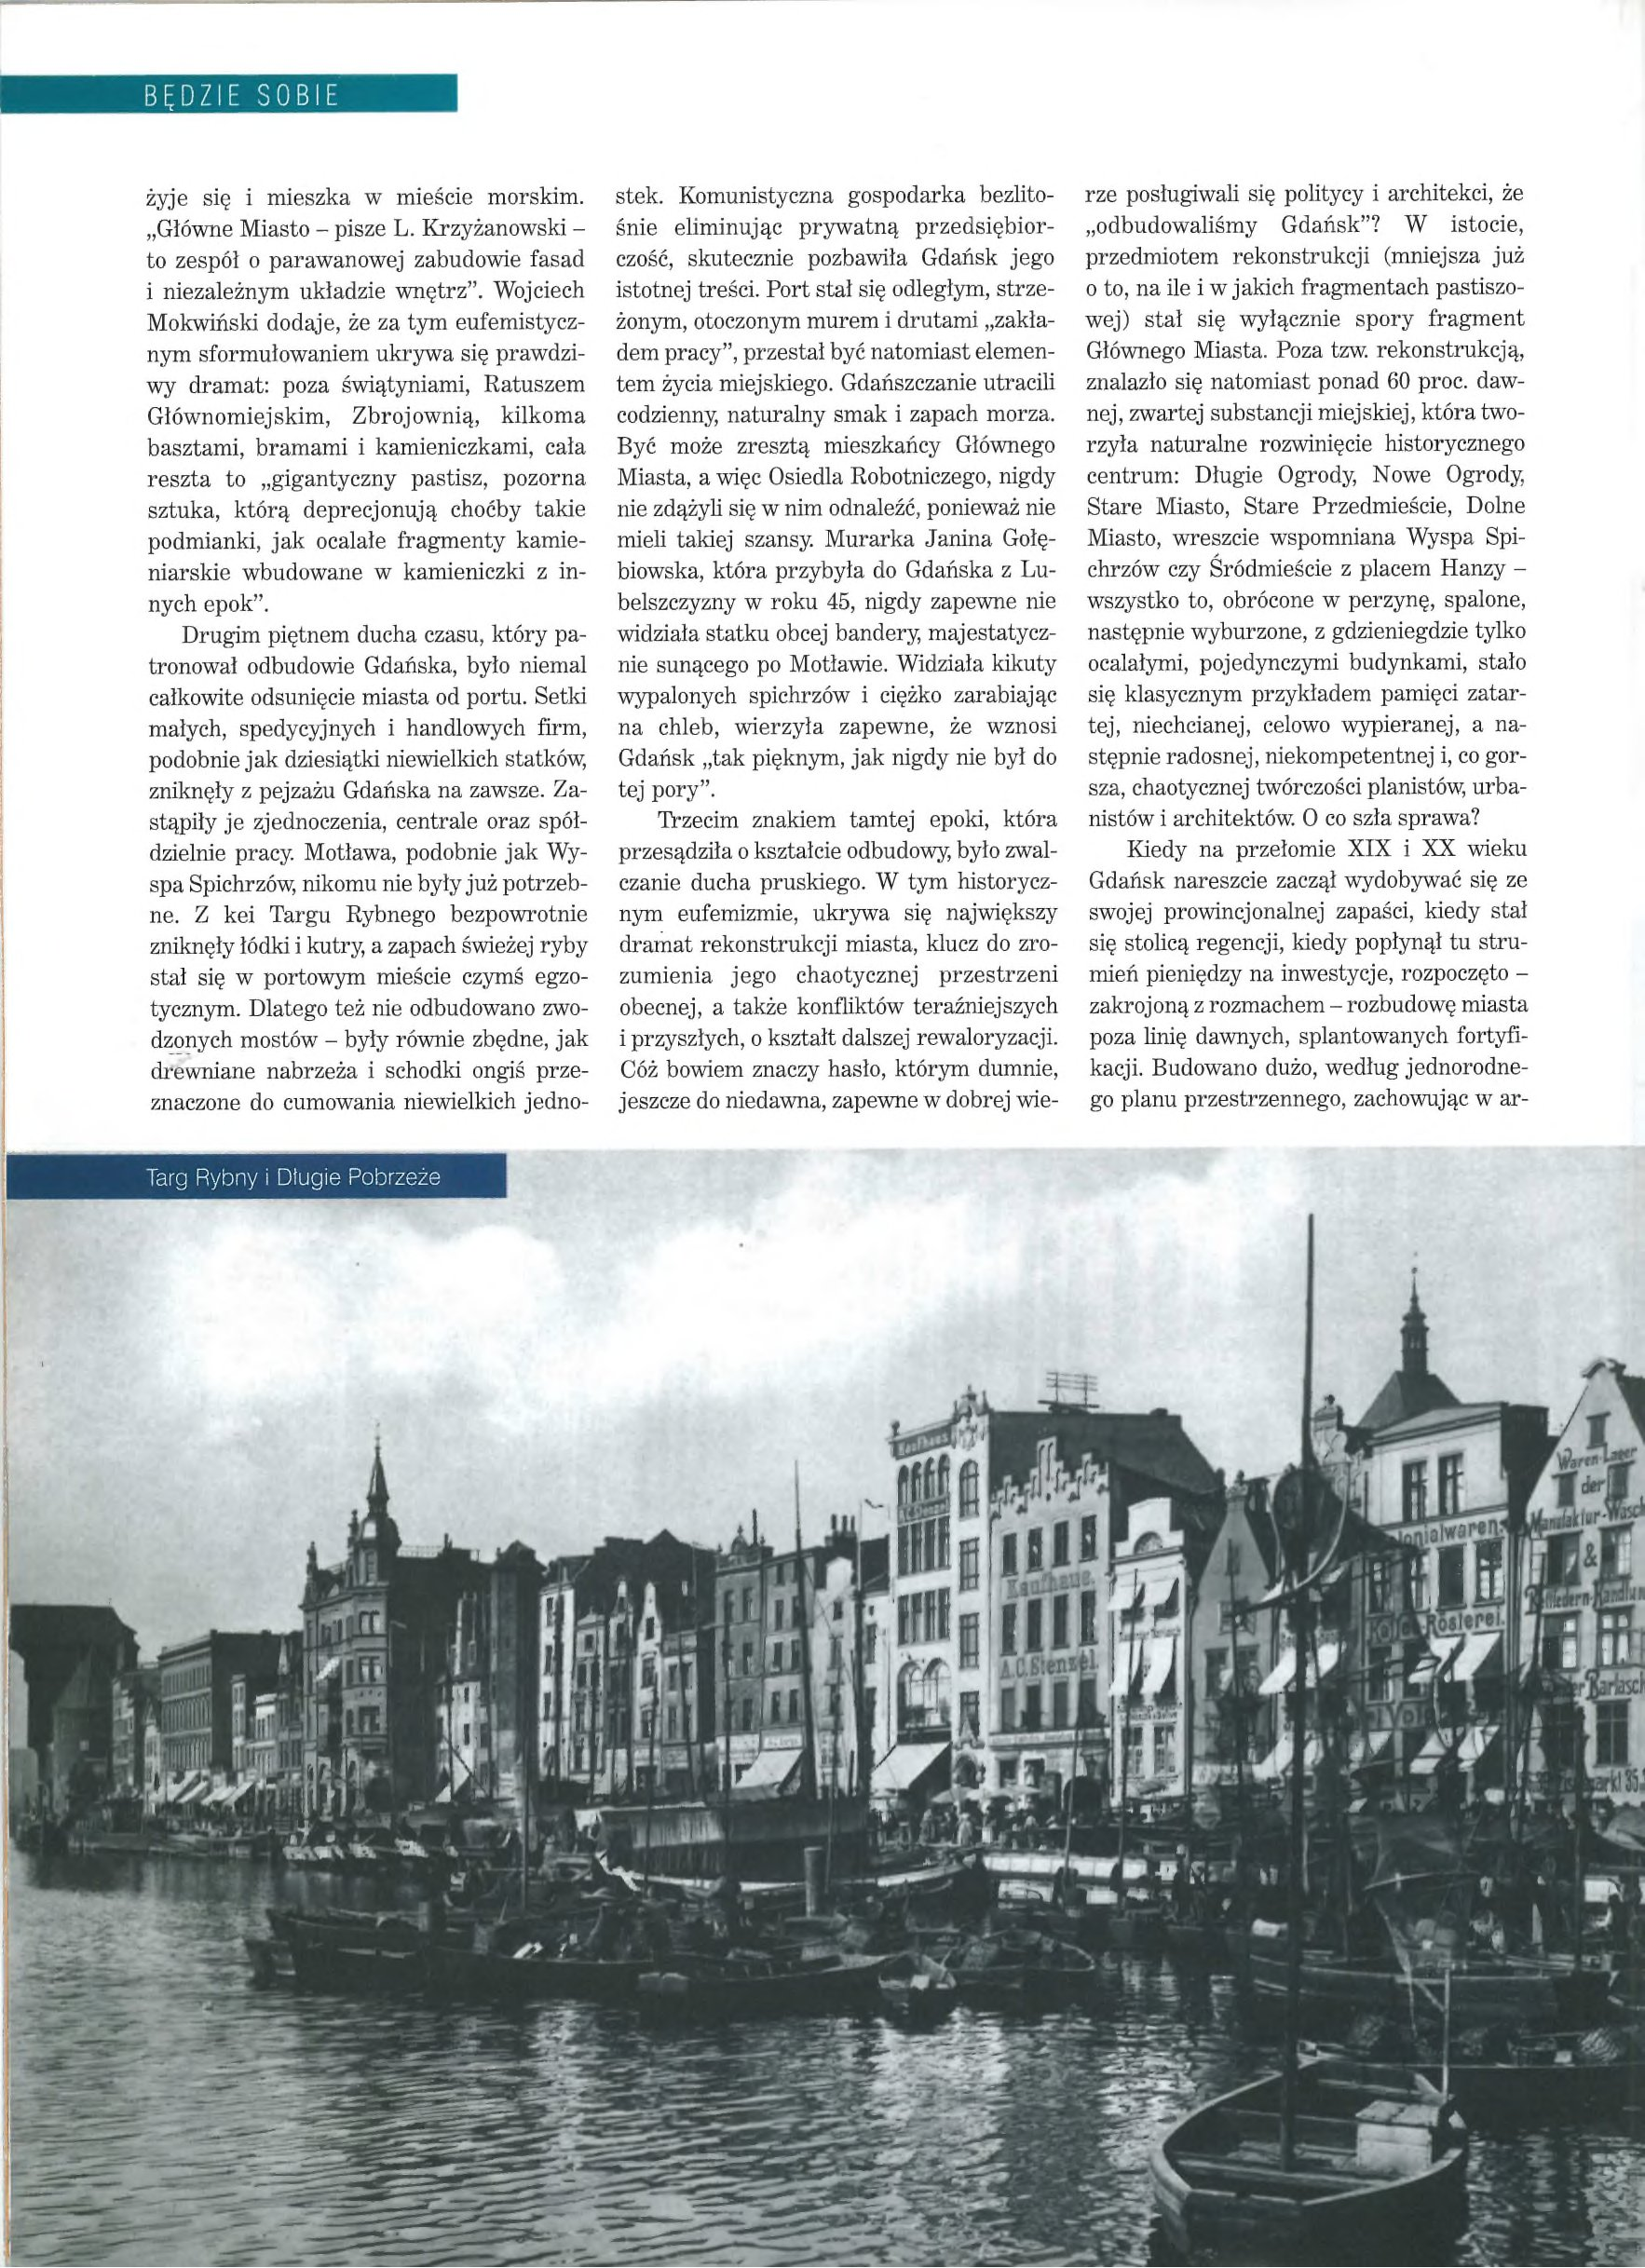
Language: pl